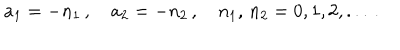
LaTeX: a _ { 1 } = - n _ { 1 } \, , \quad a _ { 2 } = - n _ { 2 } \, , \quad n _ { 1 } , \, n _ { 2 } = 0 , 1 , 2 , . . . \, .